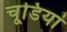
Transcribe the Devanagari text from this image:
चूडि़यां